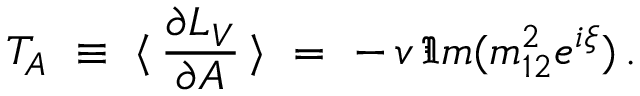
T _ { A } \ \equiv \ \langle \, \frac { \partial { \cal L } _ { V } } { \partial A } \, \rangle \ = \ - \, v \, \Im m ( m _ { 1 2 } ^ { 2 } e ^ { i \xi } ) \, .